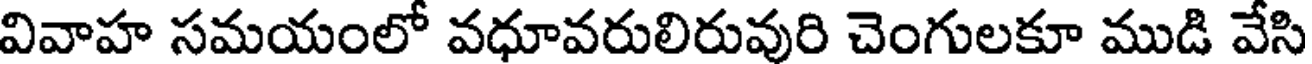
వివాహ సమయంలో వధూవరులిరువురి చెంగులకూ ముడి వేసి